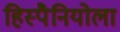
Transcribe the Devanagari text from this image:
हिस्पैनियोला